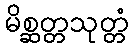
မိစ္ဆတ္တသုတ္တံ